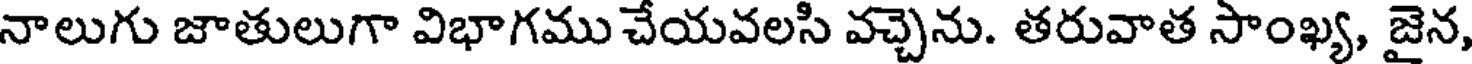
నాలుగు జాతులుగా విభాగము చేయవలసి వచ్చెను. తరువాత సాంఖ్య, జైన,